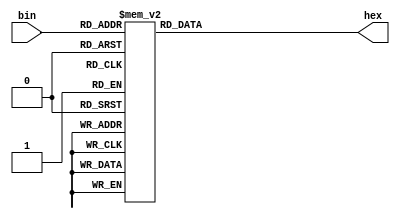
module hexa(input [3:0] bin, output [6:0] hex);
	reg [6:0]hex_reg;
	
	always@(bin)begin
		case(bin)
			4'b0000: hex_reg= 7'b0000001;
			4'b0001: hex_reg= 7'b1001111;
			4'b0010: hex_reg= 7'b0010010;
			4'b0011: hex_reg= 7'b0000110;
			4'b0100: hex_reg= 7'b1001100;	
			4'b0101: hex_reg= 7'b0100100;
			4'b0110: hex_reg= 7'b0100000;
			4'b0111: hex_reg= 7'b0001111;
			4'b1000: hex_reg= 7'b0000000;
			4'b1001: hex_reg= 7'b0000100;	
			4'b1010: hex_reg= 7'b0001000;
			4'b1011: hex_reg= 7'b1100000;
			4'b1100: hex_reg= 7'b0110001;
			4'b1101: hex_reg= 7'b1000010;
			4'b1110: hex_reg= 7'b0110000;
			4'b1111: hex_reg= 7'b0111000;
		endcase
	end
	assign hex = hex_reg;
		
endmodule